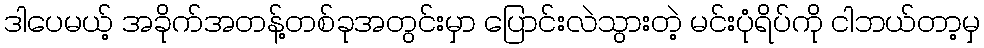
ဒါပေမယ့် အခိုက်အတန့်တစ်ခုအတွင်းမှာ ပြောင်းလဲသွားတဲ့ မင်းပုံရိပ်ကို ငါဘယ်တာ့မှ